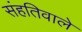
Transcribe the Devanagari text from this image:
संहतिवाले